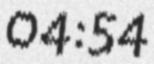
04:54